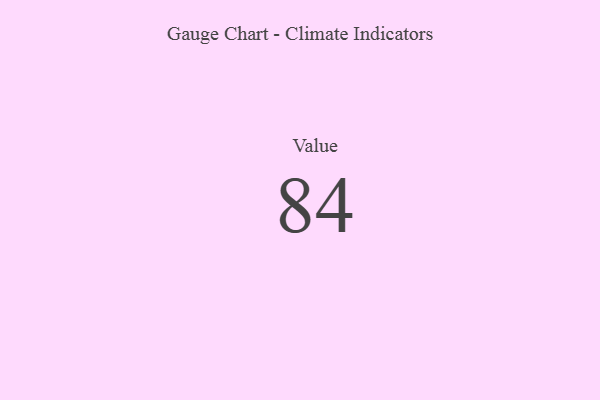
{"axis": {"x": "Metric", "y": "Value"}, "legend": [""], "data": [{"x": "Value", "y": 84, "type": ""}]}